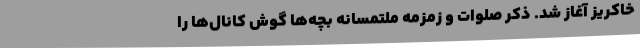
خاکریز آغاز شد. ذکر صلوات و زمزمه ملتمسانه بچه‌ها گوش کانال‌ها را